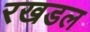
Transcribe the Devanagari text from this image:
रखडल